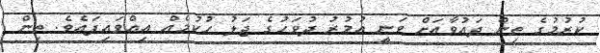
ކުރުމުގެ ތިން ދައުވާއަށް ވަނީ އުމުރު ދުވަހުގެ ޖަލު ހުކުމެއް އިއްވައިފައެވެ. ތިން